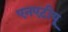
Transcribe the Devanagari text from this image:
एनएटीयू